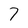
Character: 7